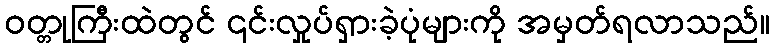
ဝတ္တုကြီးထဲတွင် ၎င်းလှုပ်ရှားခဲ့ပုံများကို အမှတ်ရလာသည်။